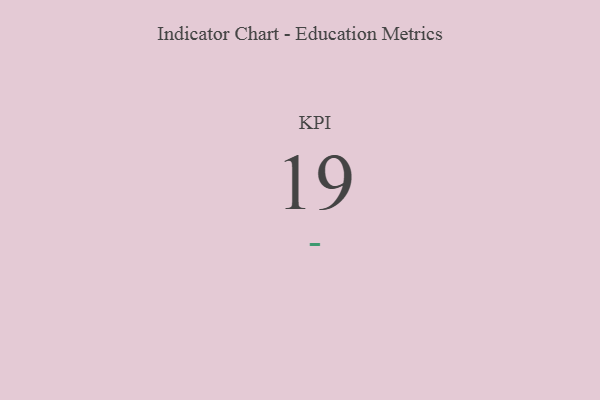
{"axis": {"x": "KPI", "y": "Value"}, "legend": [""], "data": [{"x": "KPI", "y": 19, "type": ""}]}